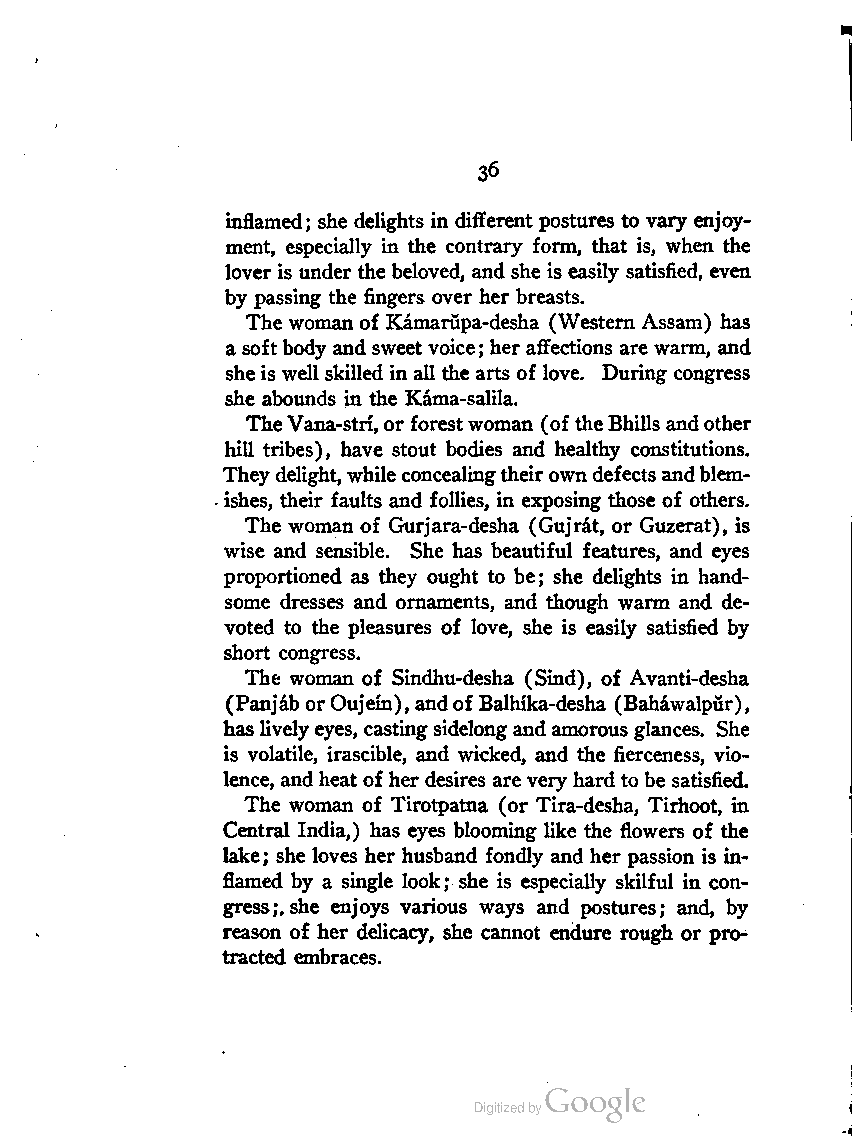
36
 inflamed; she delights in different postures to vary enjoy
 ment, especially in the contrary form, that is, when the
 lover is under the beloved, and she is easily satisfied, even
 by passing the fingers over her breasts.
 The woman of Kamarupa-desha (Western Assam) has
 a softbody and sweet voice; her affections are warm, and
 she is well skilled in all the arts of love. During congress
 she abounds in the Kama-salila.
 TheVana-strf, or forestwoman (of theBhills andother
 hill tribes), have stout bodies and healthy constitutions.
 Theydelight,while concealingtheirowndefects andblem
 ishes, their faults and follies, in exposing those of others.
 The woman of Gurjara-desha (Gujrat, or Guzerat), is
 wise and sensible. She has beautiful features, and eyes
 proportioned as they ought to be; she delights in hand
 some dresses and ornaments, and though warm and de
 voted to the pleasures of love, she is easily satisfied by
 short congress.
 The woman of Sindhu-desha (Sind), of Avanti-desha
 (Panjab orOujein), andof Balhika-desha (Bahawalpur),
 haslivelyeyes, castingsidelong andamorous glances. She
 is volatile, irascible, and wicked, and the fierceness, vio
 lence, andheatof her desires arevery hard to be satisfied.
 The woman of Tirotpatna (or Tira-desha, Tirhoot, in
 Central India,) has eyes blooming like the flowers of the
 lake; she loves her husband fondly and her passion is in
 flamed by a single look; she is especially skilful in con
 gress;, she enjoys various ways and postures; and, by
 reason of her delicacy, she cannot endure rough or pro
 tracted embraces.